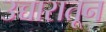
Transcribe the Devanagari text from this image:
उच्चारातून